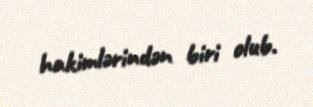
hakimlərindən biri olub.